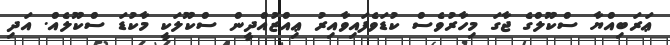
ޢަރަބިއްޔާ ސްކޫލްގެ ޖާގަ މިހާރުވެސް ކުޑަވެފައިވާއިރު ޢިއްޒުއްދީން ސްކޫލަކީ މާކުޑަ ސްކޫލެއް. އަދި